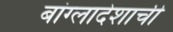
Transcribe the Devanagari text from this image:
बांग्लादेशाची